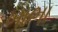
ખાભા